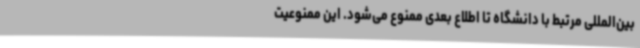
بین‌المللی مرتبط با دانشگاه تا اطلاع بعدی ممنوع می‌شود. این ممنوعیت